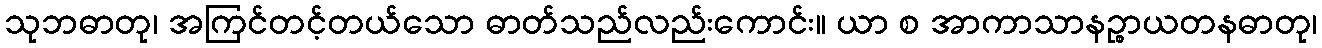
သုဘဓာတု၊ အကြင်တင့်တယ်သော ဓာတ်သည်လည်းကောင်း။ ယာ စ အာကာသာနဉ္စာယတနဓာတု၊